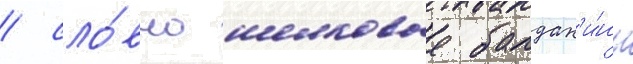
/ сло́вно шелковые балдах'и́ны